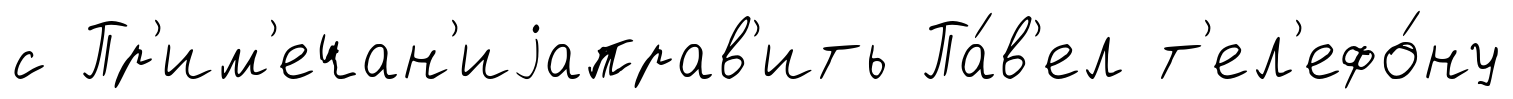
с Пр'им'ечан'иjаправ'ить Па́в'ел т'ел'ефо́ну